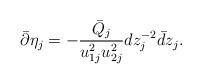
LaTeX: \begin{align*}\bar\partial\eta_j = -\frac{\bar Q_j}{u_{1j}^2u_{2j}^2}dz_j^{-2}\bar dz_j.\end{align*}